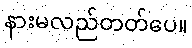
နားမလည်တတ်ပေ။